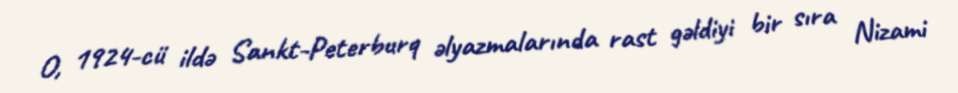
O, 1924-cü ildə Sankt-Peterburq əlyazmalarında rast gəldiyi bir sıra Nizami